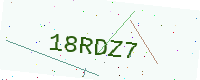
Text: 18RDZ7